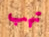
تهب